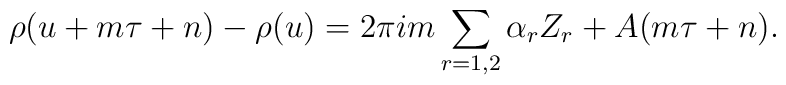
\rho(u+m\tau+n)-\rho(u) = 2\pi im\sum_{r=1,2}\alpha_r Z_r+A(m\tau+n).